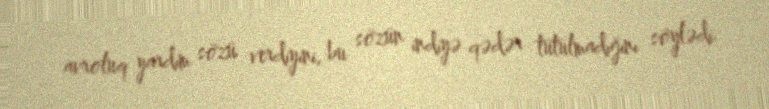
avroluq yardım sözü verdiyini, bu sözün indiyə qədər tutulmadığını söylədi.